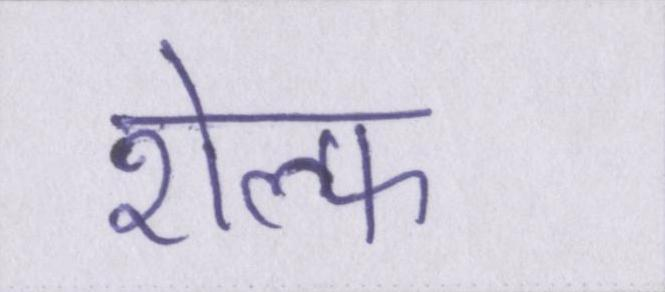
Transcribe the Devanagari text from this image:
शेल्फ